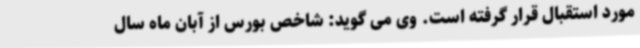
مورد استقبال قرار گرفته است. وی می گوید: شاخص بورس از آبان ماه سال